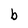
Character: b